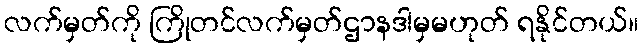
လက်မှတ်ကို ကြိုတင်လက်မှတ်ဌာနဒါမှမဟုတ် ရနိုင်တယ်။